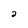
Character: 2